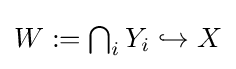
{\textstyle W:=\bigcap _{i}Y_{i}\hookrightarrow X}